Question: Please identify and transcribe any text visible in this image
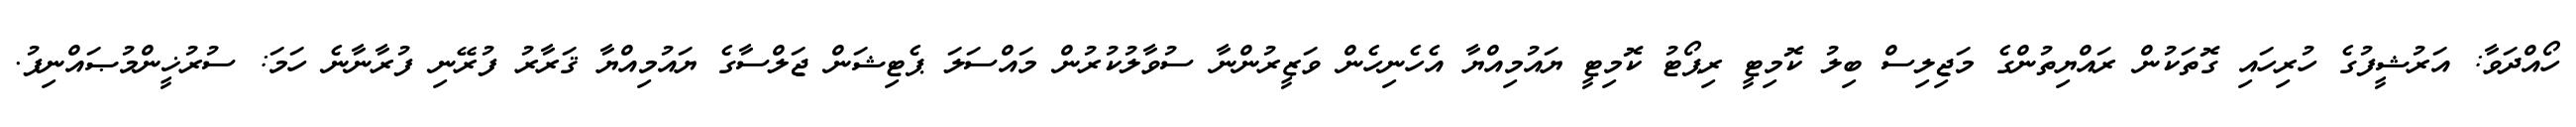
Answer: ހޯއްދަވާ: އަރުޝީފުގެ ހުރިހައި ގޮތަކުން ރައްޔިތުންގެ މަޖިލިސް ބިލު ކޮމިޓީ ރިޕޯޓު ކޮމިޓީ ޔައުމިއްޔާ އެހެނިހެން ވަޒީރުންނާ ސުވާލުކުރުން މައްސަލަ ޕެޓިޝަން ޖަލްސާގެ ޔައުމިއްޔާ ޤަރާރު ފުރޭނި ފުރާނާނެ ހަމަ: ސުރުޚީންމުޞައްނިފު.